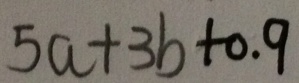
5 a + 3 b + 0 . 9